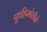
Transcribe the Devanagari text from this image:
फुहिमोरीने